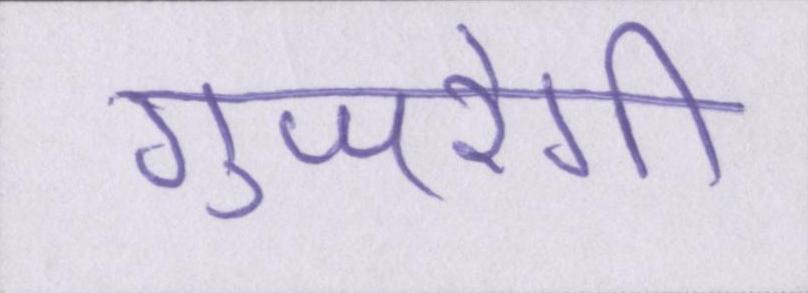
गुजरेगी